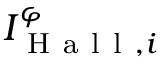
I _ { \mathrm { ~ H ~ a ~ l ~ l ~ } , i } ^ { \varphi }